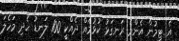
އެ ޓީމުން އެންމެ ރަނގަޅު ކުޅުމެއް ދެއްކީ 100 ލަނޑު ހެދި މަހެލަ